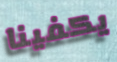
يكفينا